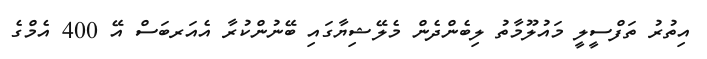
އިތުރު ތަފްސީލީ މައުލޫމާތު ލިބެންދެން މެލޭޝިޔާގައި ބޭނުންކުރާ އެއަރބަސް އޭ 400 އެމްގެ